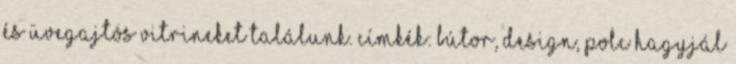
és üvegajtós vitrineket találunk. Címkék: bútor, design, polc Hagyjál